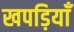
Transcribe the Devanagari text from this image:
खपड़ियाँ